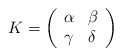
\begin{align*}K= \left(\begin{array}{ll}\alpha & \beta\\\gamma & \delta\end{array}\right)\end{align*}